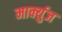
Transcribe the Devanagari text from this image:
मार्क्युज